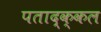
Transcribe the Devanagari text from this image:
पताद्क्कल